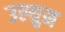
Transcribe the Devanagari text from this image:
उल्युन